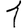
Digit: 1